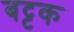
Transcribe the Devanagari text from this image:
बट्टक